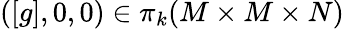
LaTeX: ([g],0,0)\in\pi_{k}(M\times M\times N)